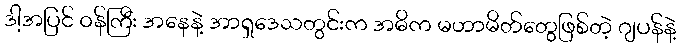
ဒါ့အပြင် ဝန်ကြီး အနေနဲ့ အာရှဒေသတွင်းက အဓိက မဟာမိတ်တွေဖြစ်တဲ့ ဂျပန်နဲ့